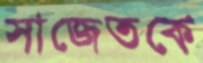
সাজেতকে